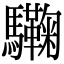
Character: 驧